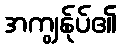
အကျွန်ုပ်၏